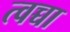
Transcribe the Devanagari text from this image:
त्वच्चा